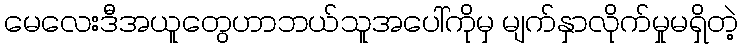
မေလေးဒီအယူတွေဟာဘယ်သူအပေါ်ကိုမှ မျက်နှာလိုက်မှုမရှိတဲ့